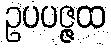
ဥပပဇ္ဇထ